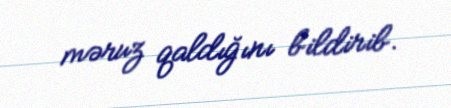
məruz qaldığını bildirib.